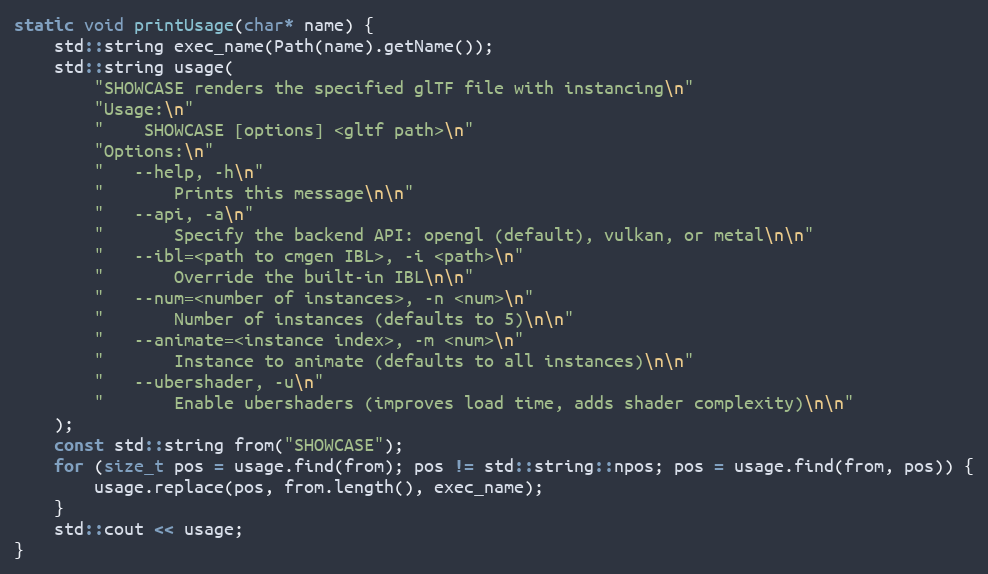
Language: C++
static void printUsage(char* name) {
    std::string exec_name(Path(name).getName());
    std::string usage(
        "SHOWCASE renders the specified glTF file with instancing\n"
        "Usage:\n"
        "    SHOWCASE [options] <gltf path>\n"
        "Options:\n"
        "   --help, -h\n"
        "       Prints this message\n\n"
        "   --api, -a\n"
        "       Specify the backend API: opengl (default), vulkan, or metal\n\n"
        "   --ibl=<path to cmgen IBL>, -i <path>\n"
        "       Override the built-in IBL\n\n"
        "   --num=<number of instances>, -n <num>\n"
        "       Number of instances (defaults to 5)\n\n"
        "   --animate=<instance index>, -m <num>\n"
        "       Instance to animate (defaults to all instances)\n\n"
        "   --ubershader, -u\n"
        "       Enable ubershaders (improves load time, adds shader complexity)\n\n"
    );
    const std::string from("SHOWCASE");
    for (size_t pos = usage.find(from); pos != std::string::npos; pos = usage.find(from, pos)) {
        usage.replace(pos, from.length(), exec_name);
    }
    std::cout << usage;
}